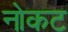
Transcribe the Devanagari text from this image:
नोकट